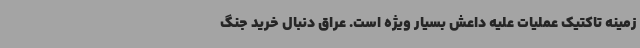
زمینه تاکتیک عملیات علیه داعش بسیار ویژه است. عراق دنبال خرید جنگ